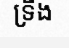
ទ្រឹង